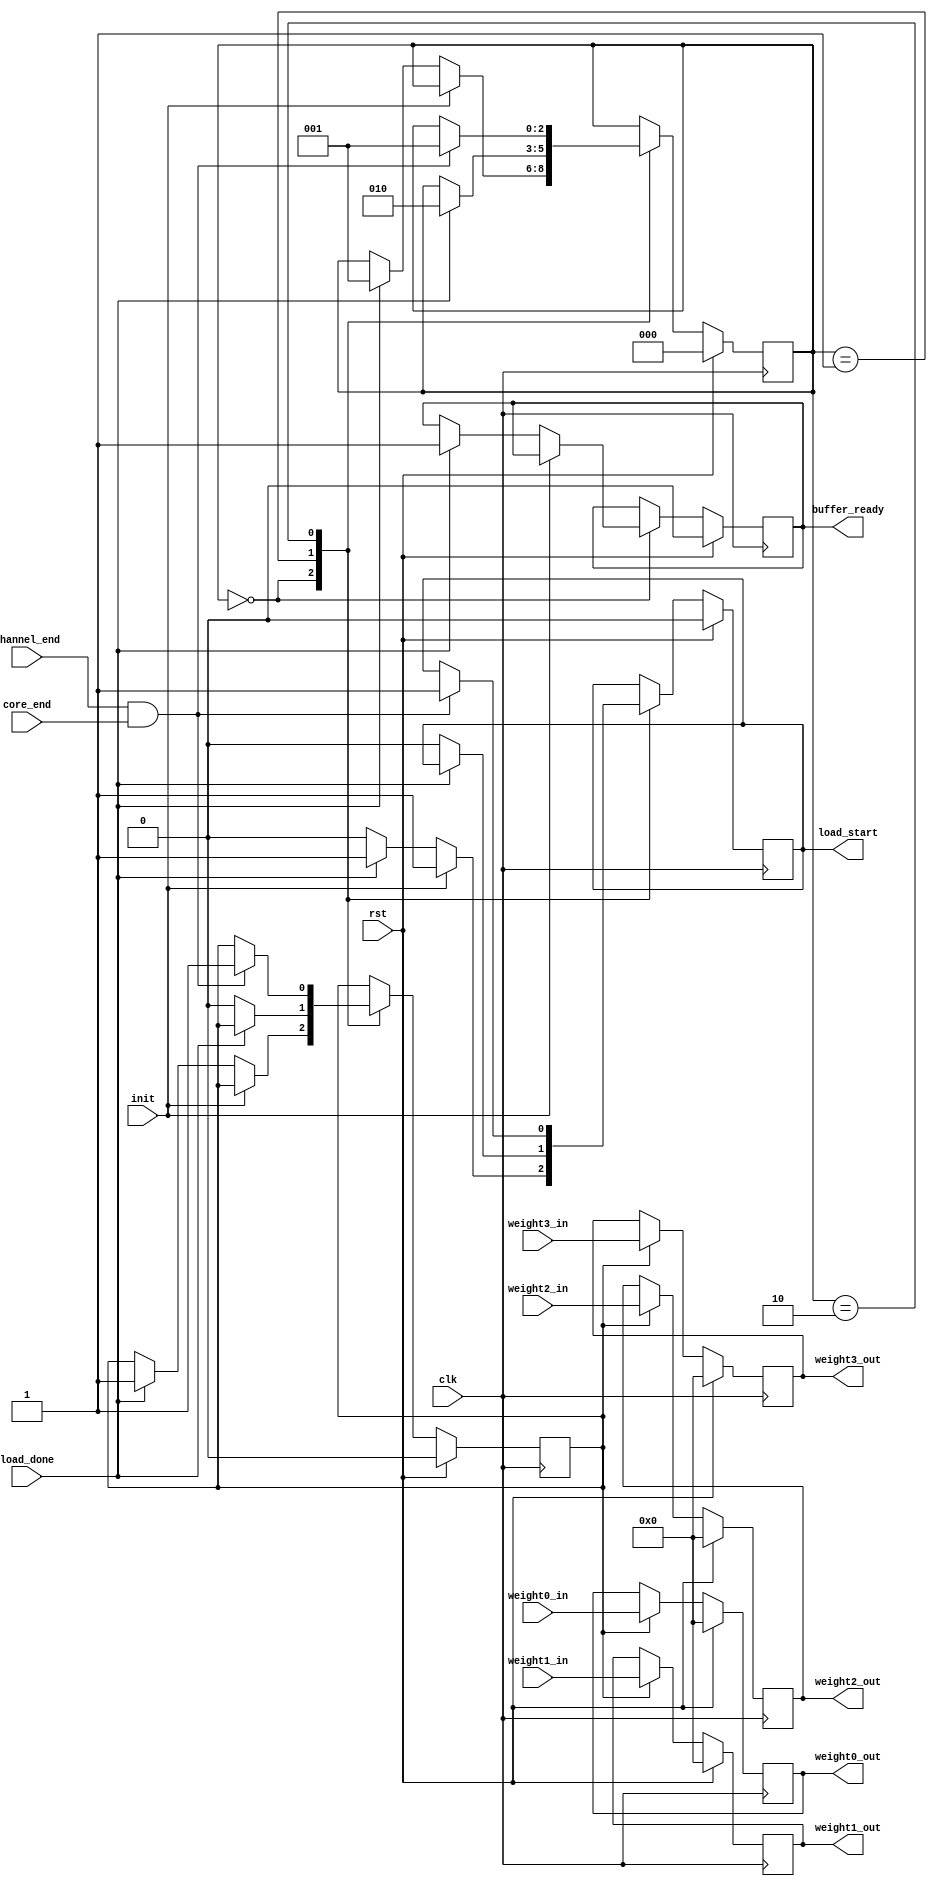
`timescale 1ns / 1ps
//////////////////////////////////////////////////////////////////////////////////
// Company: 
// Engineer: 
// 
// Design Name: 
// Module Name: load_weight_ctrl
// Project Name: 
// Target Devices: 
// Tool Versions: 
// Description: 
// 
// Dependencies: 
// 
// Revision:
// Revision 0.01 - File Created
// Additional Comments:
// 
//////////////////////////////////////////////////////////////////////////////////


module load_weight_ctrl(
clk, rst, init,
load_done,
channel_end, core_end,
weight0_in,weight1_in,weight2_in,weight3_in,
weight0_out,weight1_out,weight2_out,weight3_out,
buffer_ready, // connect to end_gate in pipeline.v
load_start // connect to load_weight
    );
    parameter WEIGHT_WIDTH = 8;
    
    localparam STATE_INIT = 0;
    localparam STATE_SYNC = 1;
    localparam STATE_NON_SYNC = 2;
    
    input clk,rst, init, load_done, core_end, channel_end;
    
    input [9*WEIGHT_WIDTH-1:0]     weight0_in;
    input [9*WEIGHT_WIDTH-1:0]     weight1_in;
    input [9*WEIGHT_WIDTH-1:0]     weight2_in;
    input [9*WEIGHT_WIDTH-1:0]     weight3_in;
    output reg[9*WEIGHT_WIDTH-1:0]    weight0_out;
    output reg[9*WEIGHT_WIDTH-1:0]    weight1_out;
    output reg[9*WEIGHT_WIDTH-1:0]    weight2_out;
    output reg[9*WEIGHT_WIDTH-1:0]    weight3_out;
    output reg                     buffer_ready;
    output reg                     load_start;
    
    reg                          latch;
    reg [2:0]state;
    wire                          load_new_weight;
    
    assign load_new_weight = channel_end & core_end;
    
    always@(posedge clk) begin
        if(rst) begin
            state <= STATE_INIT;
            load_start <= 0;
            buffer_ready <= 0;
            latch <= 0;
        end
        else begin
            case(state)
                STATE_INIT: begin
                    if(init) begin
                        load_start <= 1;
                    end
                    else if(load_done) begin
                        state <= STATE_SYNC;
                        latch <= 1;
                        load_start <= 1;
                        buffer_ready <= 1;
                    end
                    else load_start <= 0;
                end
                STATE_SYNC: begin
                    if(load_done) begin
                        state <= STATE_NON_SYNC;
                    end
                    else begin
                        latch <= 0;
                        load_start <= 0;
                    end
                end
                STATE_NON_SYNC: begin
                    if(load_new_weight) begin
                        state <= STATE_SYNC;
                        load_start <= 1;
                        latch <= 1;
                    end
                end
            endcase
        end
    end
    
    always@(posedge clk) begin
        if(rst) begin
            weight0_out <= 0;
            weight1_out <= 0;
            weight2_out <= 0;
            weight3_out <= 0;
        end
        else begin
            if(latch) begin
                weight0_out <= weight0_in;
                weight1_out <= weight1_in;
                weight2_out <= weight2_in;
                weight3_out <= weight3_in;
            end
        end
    end
endmodule